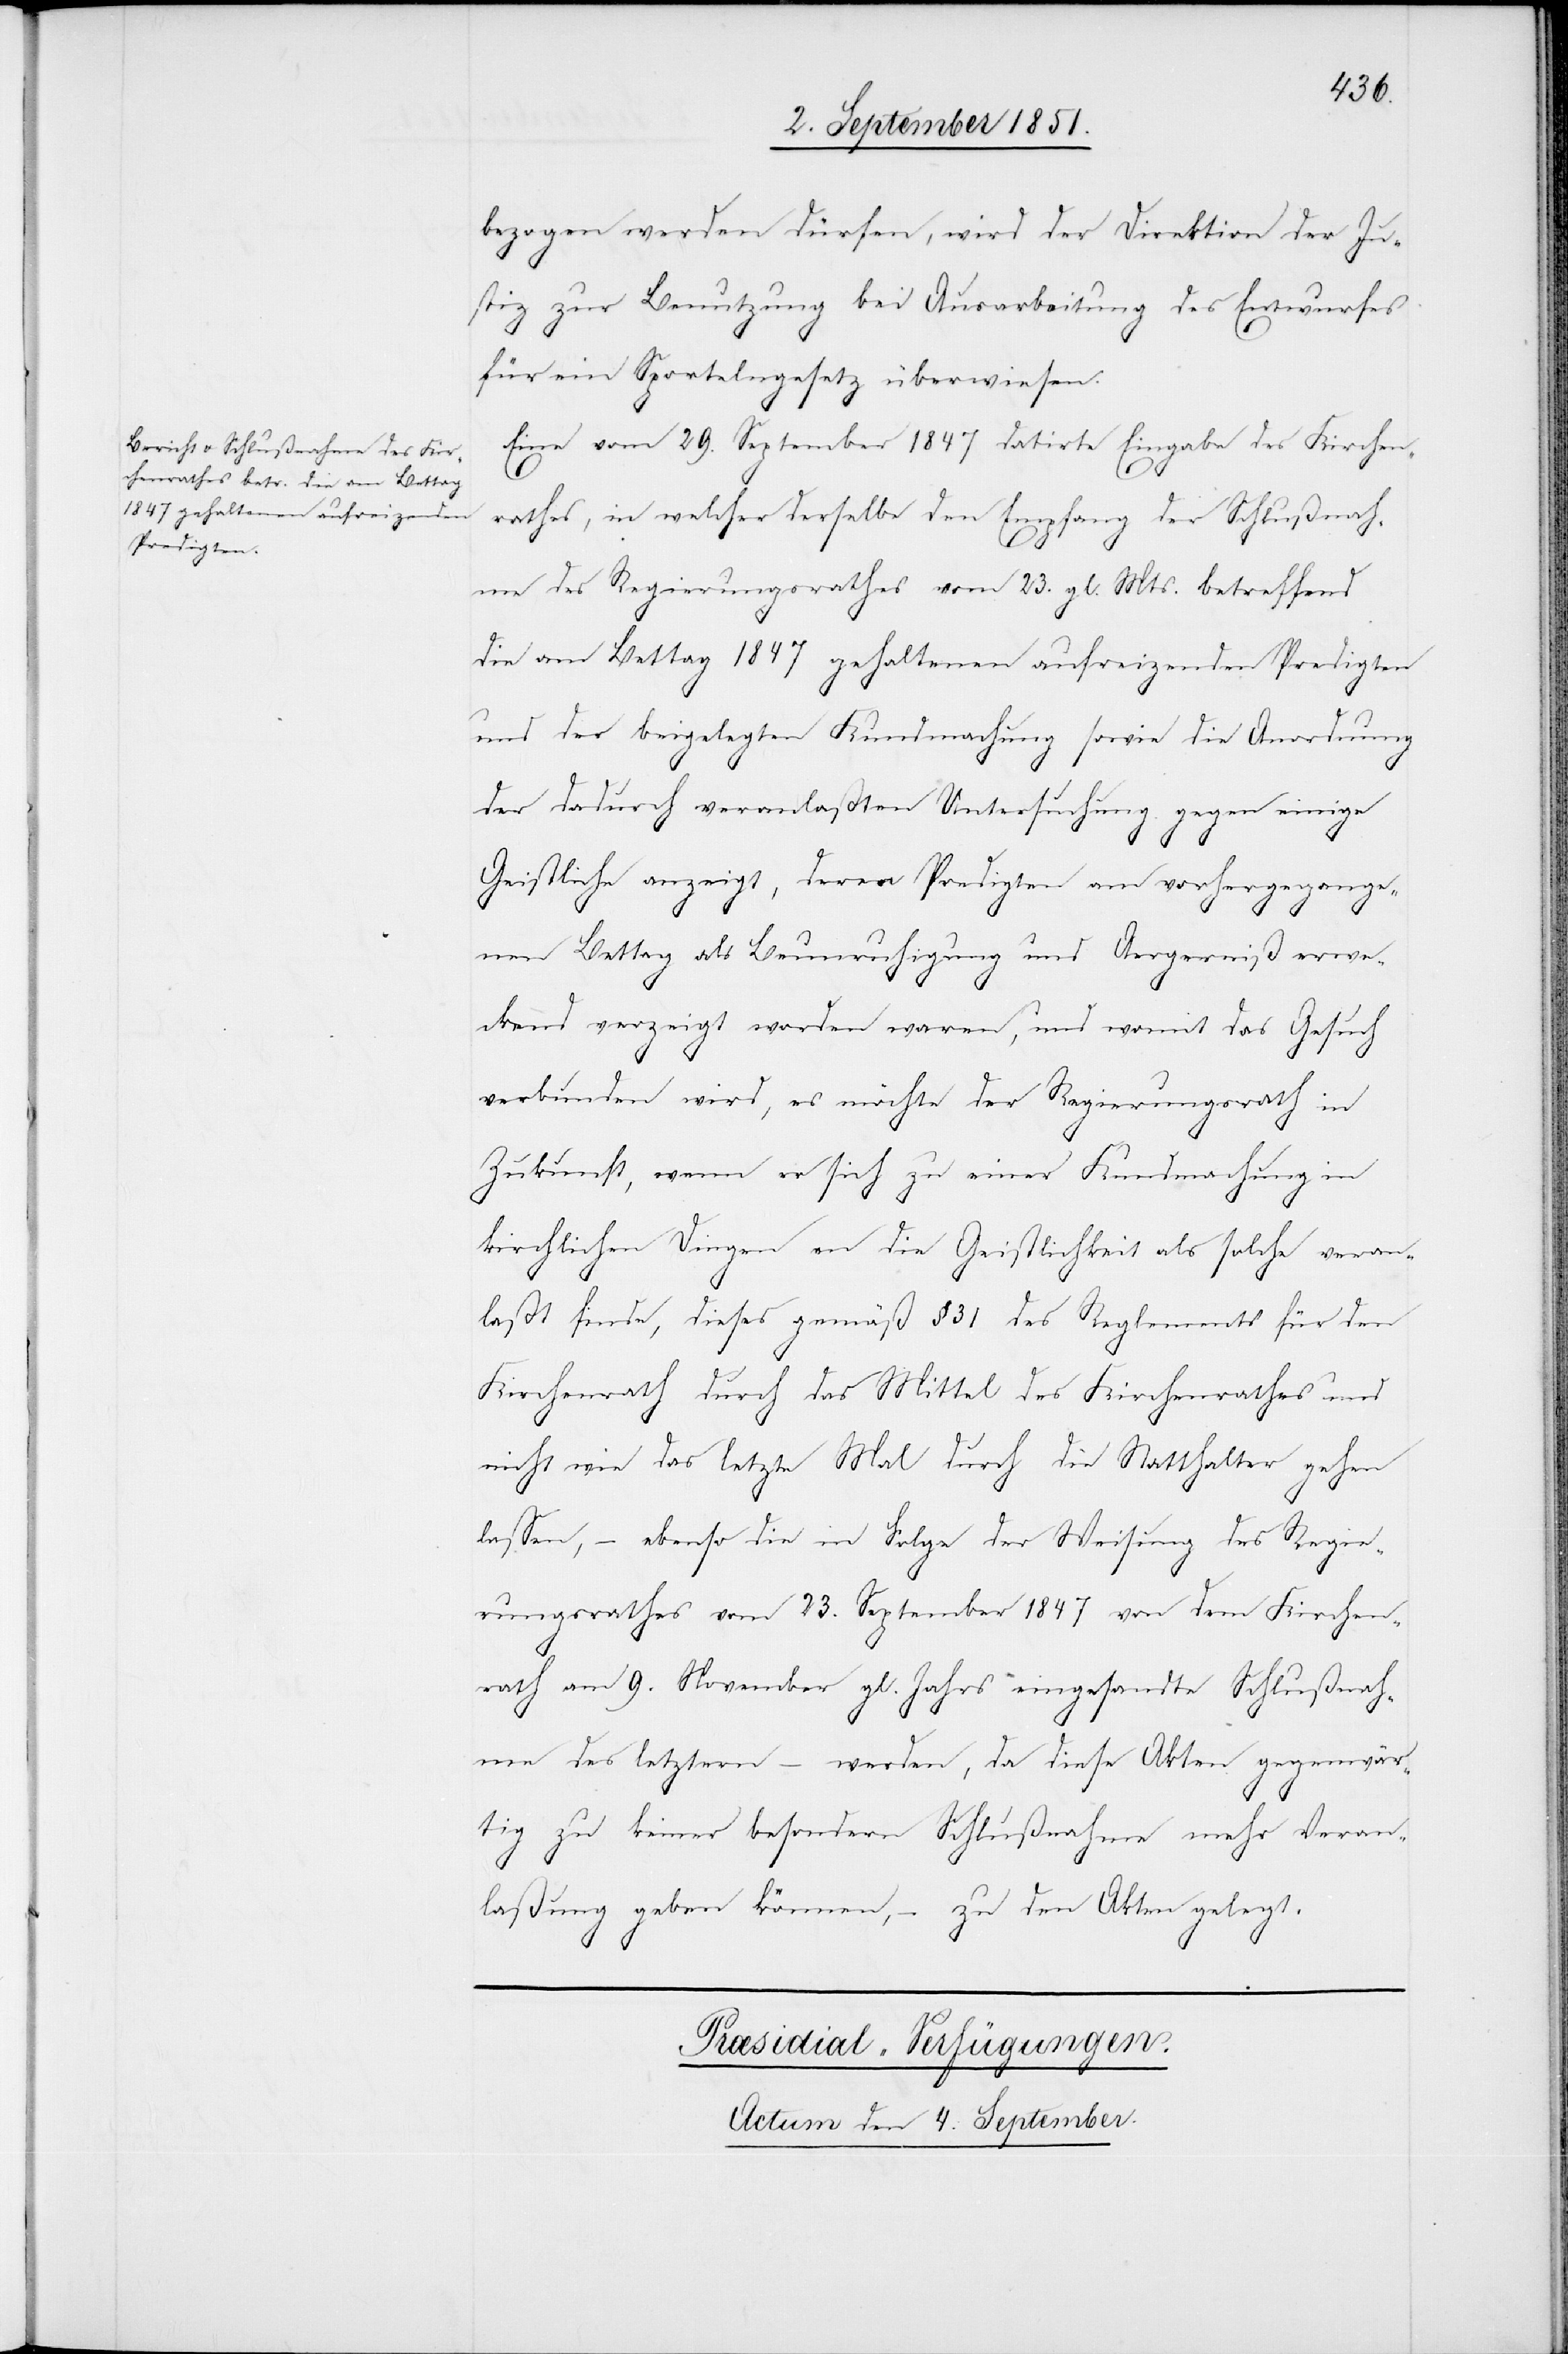
bezogen werden dürfen, wird der Direktion der Ju¬
stiz zur Benutzung bei Ausarbeitung des Entwurfes
für ein Sportelngesetz überwiesen.
Eine vom 29. September 1847 datirte Eingabe des Kirchen¬
rathes, in welcher derselbe den Empfang der Schlußnah¬
me des Regierungsrathes vom 23. gl. Mts. betreffend
die am Bettag 1847 gehaltenen aufreizenden Predigten
und der beigelegten Kundmachung sowie die Anordnung
der dadurch veranlaßten Untersuchung gegen einige
Geistliche anzeigt, deren Predigten am vorhergegange¬
nen Bettag als Beunruhigung und Aergerniß erwe¬
ckend verzeigt worden waren, und womit das Gesuch
verbunden wird, es möchte der Regierungsrath in
Zukunft, wenn er sich zu einer Kundmachung in
kirchlichen Dingen an die Geistlichkeit als solche veran¬
laßt finde, dieses gemäß § 31 des Reglements für den
Kirchenrath durch das Mittel des Kirchenrathes und
nicht wie das letzte Mal durch die Statthalter gehen
lassen, – ebenso die in Folge der Weisung des Regie¬
rungsrathes vom 23. September 1847 von dem Kirchen¬
rath am 9. November gl. Jahrs eingesandte Schlußnah¬
me des letztern – werden, da diese Akten gegenwär¬
tig zu keiner besondern Schlußnahme mehr Veran¬
laßung geben können, – zu den Akten gelegt.
Præsidial-Verfügungen.
Actum den 4. September.